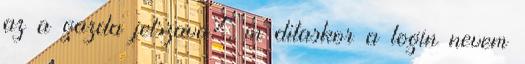
az a gazda jelszava?, in ditaskor a login nevem